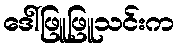
ဒေါ်ဖြူဖြူသင်းက